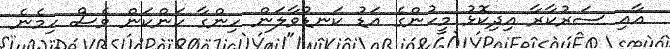
އާއި ސަރުކާރާ އިދިކޮޅު މީހުންގެ އަޑު ކަނޑުވާލަން ހިންގާ ކަންކަން ވެސް ހިމެނެ